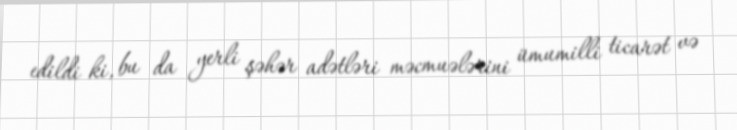
edildi ki, bu da yerli şəhər adətləri məcmuələrini ümumilli ticarət və